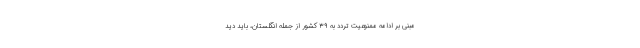
مبنی بر ادامه ممنوعیت تردد به ۳۹ کشور از جمله انگلستان، باید دید